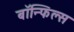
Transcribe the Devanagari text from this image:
बाॅन्फिल्स